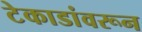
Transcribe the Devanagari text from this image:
टेकाडांवरून